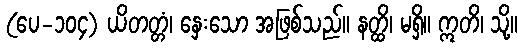
(ပေ-၁၀၄) ယိတတ္တံ၊ နှေးသော အဖြစ်သည်။ နတ္ထိ၊ မရှိ။ ဣတိ၊ သို့။